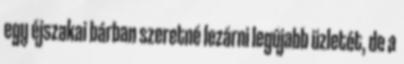
egy éjszakai bárban szeretné lezárni legújabb üzletét, de a